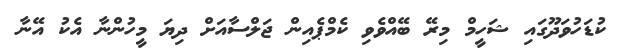
ކުޑަހުވަދޫގައި ޝަހީމް މިރޭ ބޭއްވެވި ކެމްޕެއިން ޖަލްސާއަށް ދިޔަ މީހުންނާ އެކު އޭނާ